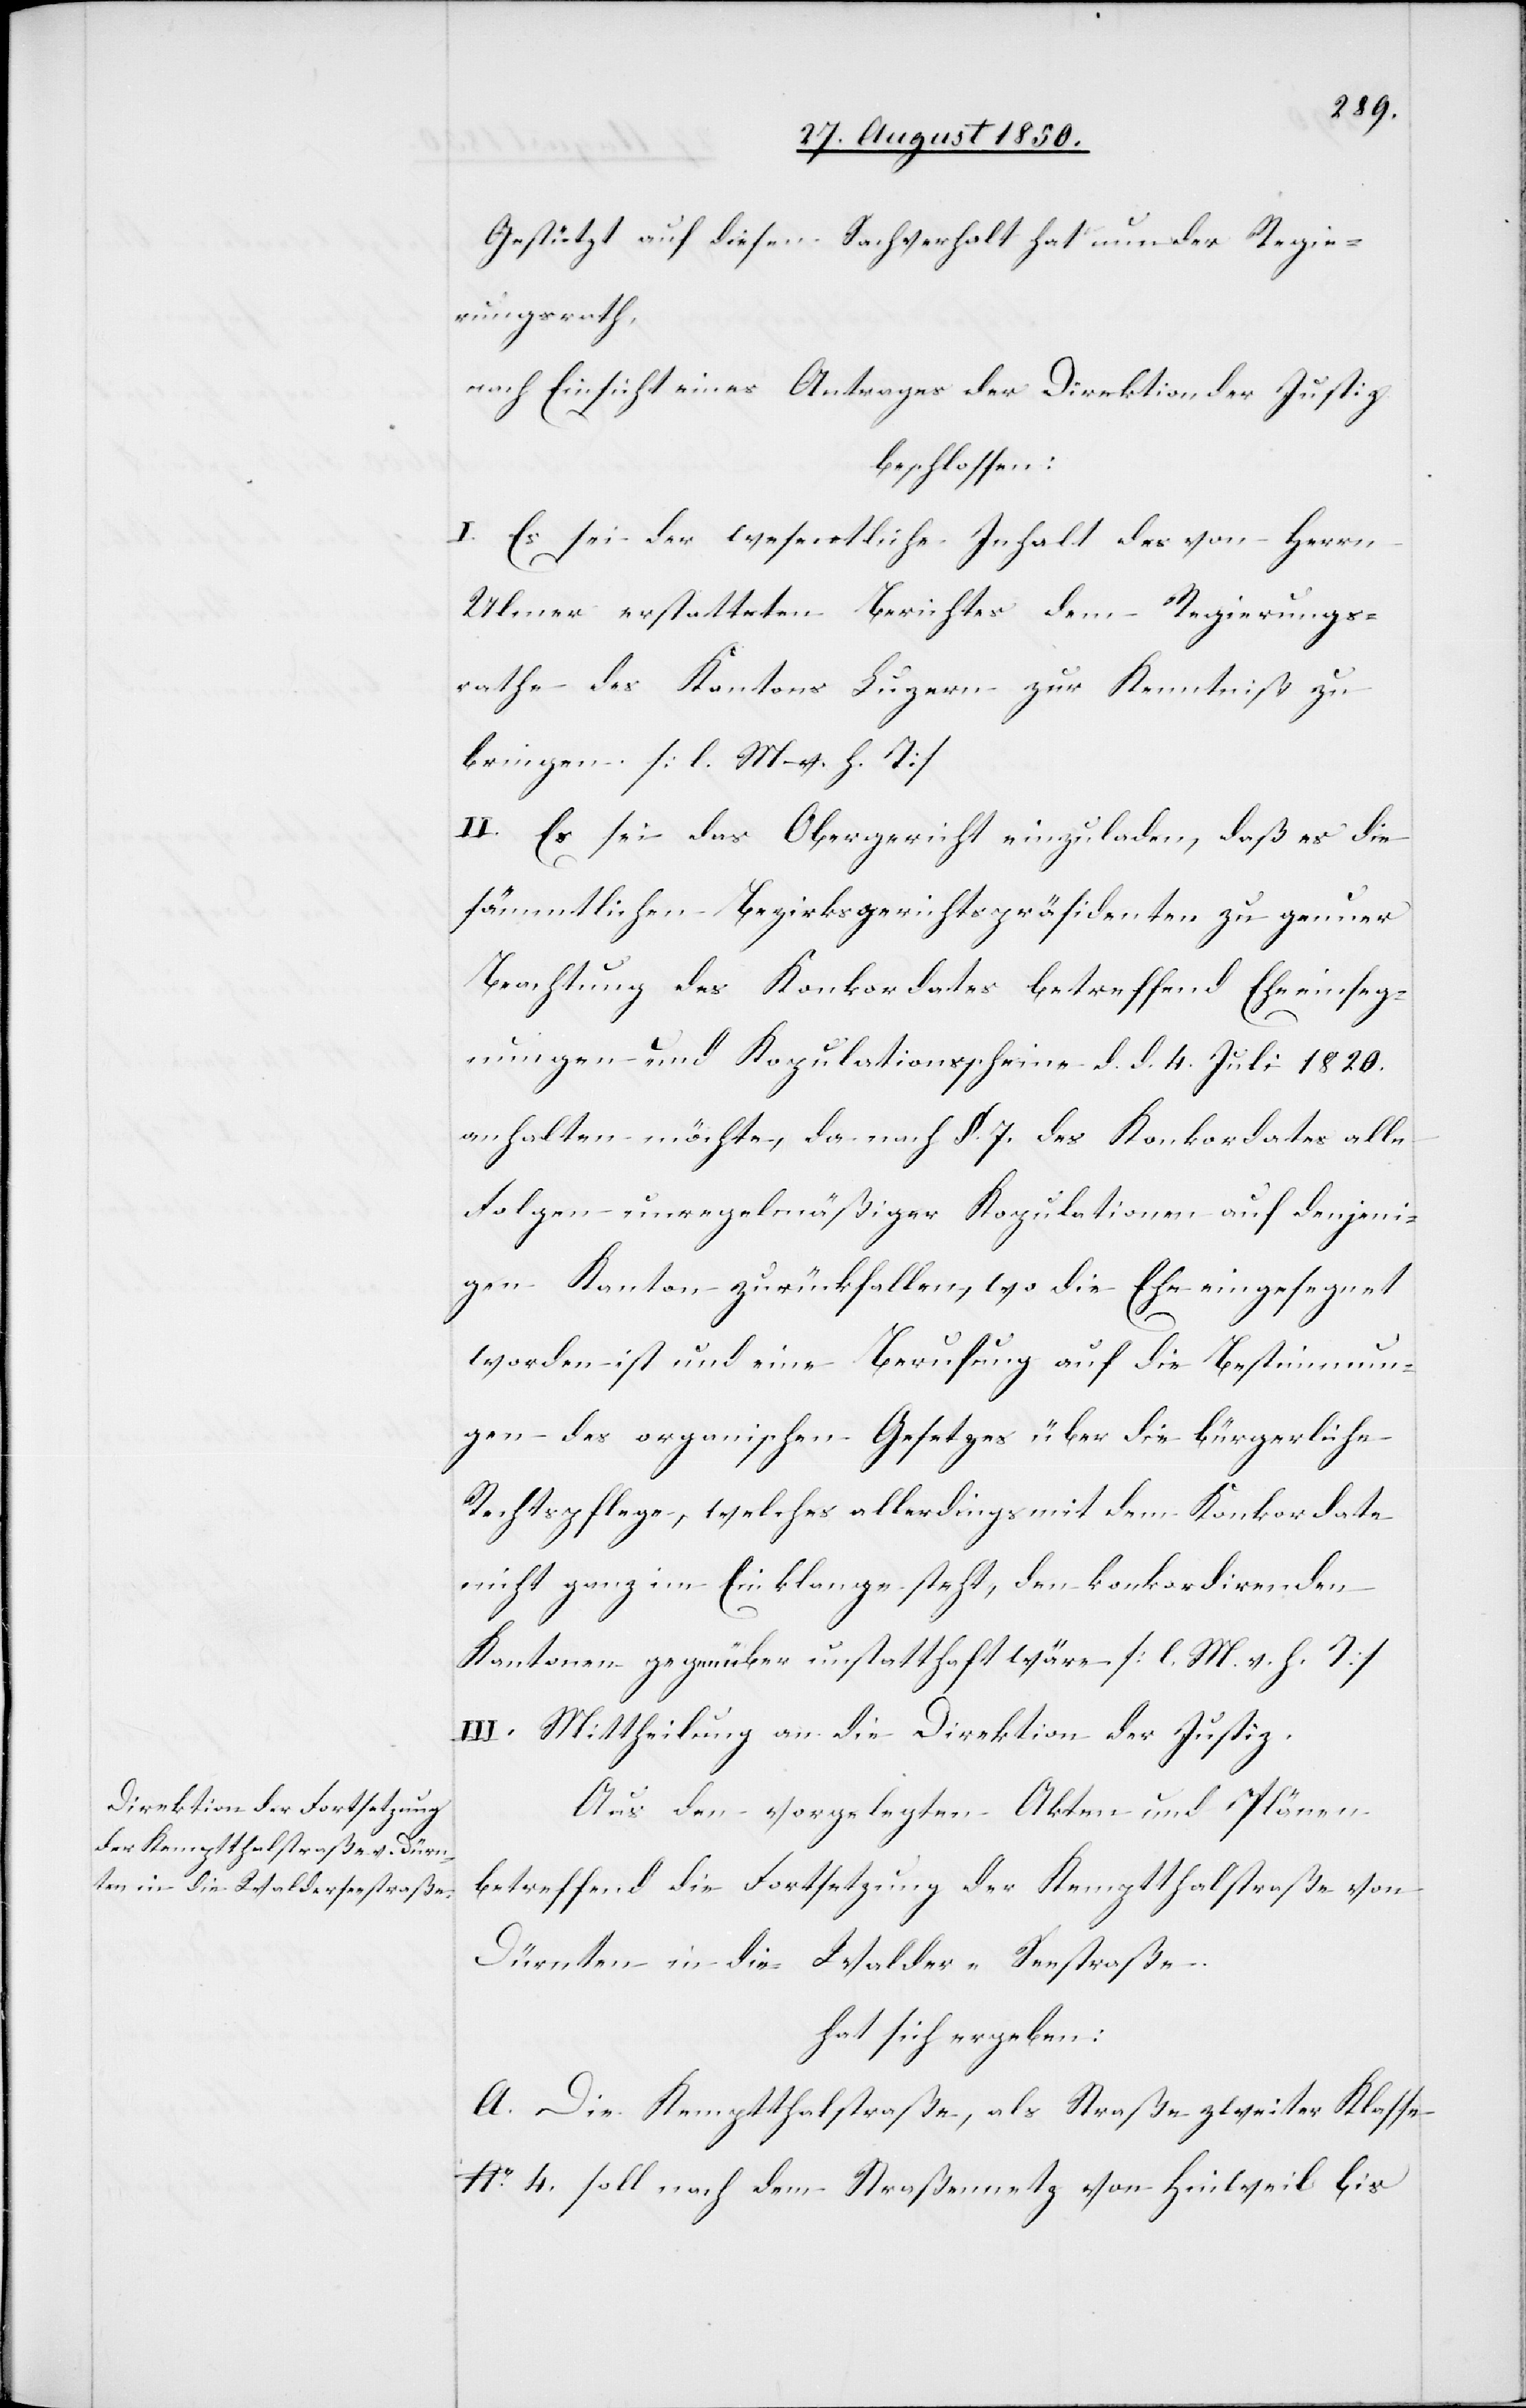
Gestützt auf diesen Sachverhalt hat nun der Regie¬
rungsrath,
nach Einsicht eines Antrages der Direktion der Justiz
beschlossen:
I. Es sei der wesentliche Inhalt des von Herrn
Ulmer erstatteten Berichtes dem Regierungs¬
rathe des Kantons Luzern zur Kenntniß zu
bringen. [l. M. v. h. T]
II. Es sei das Obergericht einzuladen, daß es die
sämmtlichen Bezirksgerichtspräsidenten zu genauer
Beachtung des Konkordates betreffend Eheeinseg¬
nungen und Kopulationsscheine d. d. 4. Juli 1820.
anhalten möchte, da nach §. 7. des Konkordates alle
Folgen unregelmäßiger Kopulationen auf denjeni¬
gen Kanton zurückfallen, wo die Ehe eingesegnet
worden ist und eine Berufung auf die Bestimmun¬
gen des organischen Gesetzes über die bürgerliche
Rechtspflege, welches allerdings mit dem Konkordate
nicht ganz im Einklange steht, den konkordirenden
Kantonen gegenüber unstatthaft wäre [l. M. v. h. T].
III. Mittheilung an die Direktion der Justiz.
Aus den vorgelegten Akten und Plänen
betreffend die Fortsetzung der Kemptthalstraße von
Dürnten in die Walder-Seestraße.
hat sich ergeben:
A. Die Kemptthalstraße, als Straße zweiter Klasse
No. 4. soll nach dem Straßennetz von Hinweil bis